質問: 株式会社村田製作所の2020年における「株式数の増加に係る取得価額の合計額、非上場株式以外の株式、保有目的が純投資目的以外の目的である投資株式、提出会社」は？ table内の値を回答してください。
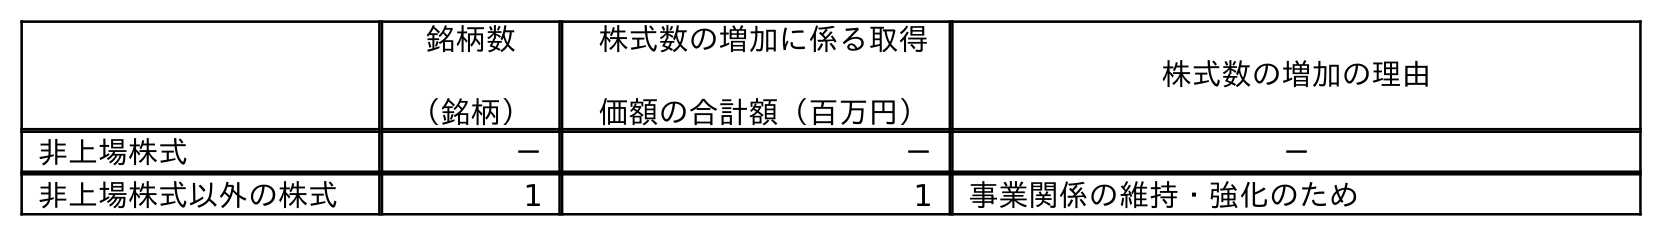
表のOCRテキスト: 銘柄数 （銘柄） 株式数の増加に係る取得 価額の合計額（百万円） 株式数の増加の理由 非上場株式 － － － 非上場株式以外の株式 1 1 事業関係の維持・強化のため
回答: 1